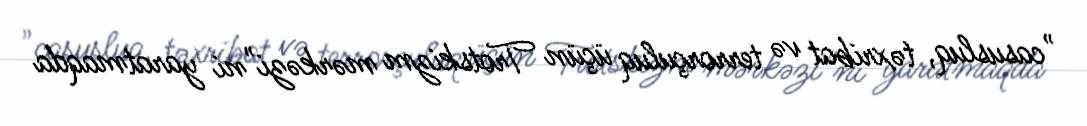
"casusluq, təxribat və terrorçuluq üçün Trotskizm mərkəzi"ni yaratmaqda